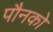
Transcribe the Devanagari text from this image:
पौनको